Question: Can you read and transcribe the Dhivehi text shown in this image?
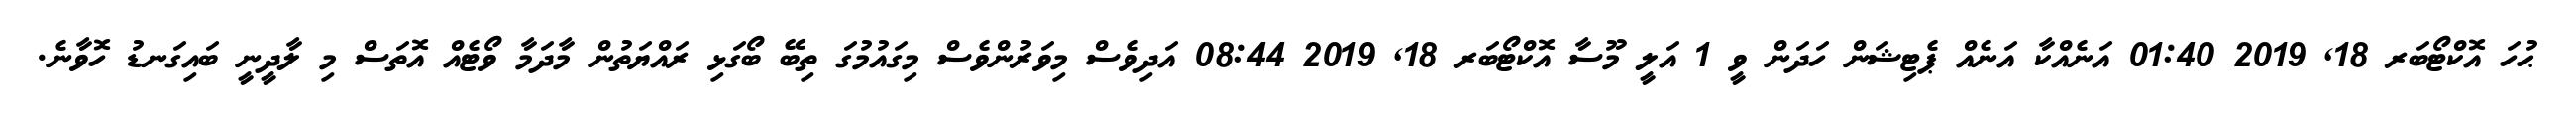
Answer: ޙުހަ އޮކްޓޯބަރ 18, 2019 01:40 އަނެއްކާ އަނެއް ޕެޓިޝަން ހަދަން ވީ 1 އަލީ މޫސާ އޮކްޓޯބަރ 18, 2019 08:44 އަދިވެސް މިވަރުންވެސް މިގައުމުގަ ތިބޭ ބޯގަޅި ރައްޔަތުން މާދަމާ ވޯޓެއް އޮތަސް މި ލާދީނީ ބައިގަނޑު ހޮވާނެ.